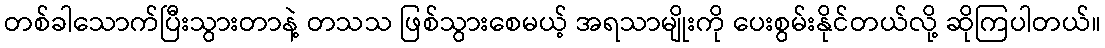
တစ်ခါသောက်ပြီးသွားတာနဲ့ တသသ ဖြစ်သွားစေမယ့် အရသာမျိုးကို ပေးစွမ်းနိုင်တယ်လို့ ဆိုကြပါတယ်။